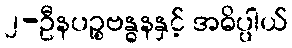
၂-ဦနပဉ္စဗန္ဓနနှင့် အဓိပ္ပါယ်